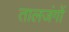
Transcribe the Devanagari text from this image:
तालजंगों